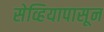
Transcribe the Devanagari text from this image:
सेव्हियापासून